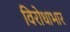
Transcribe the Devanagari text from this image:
विरोधाभार